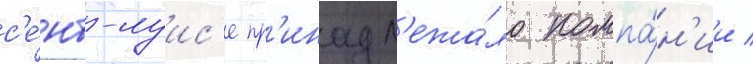
с'е́нт-луис'е пр'инадл'ежа́ло компа́н'ии /